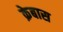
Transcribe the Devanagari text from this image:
क्रेबास